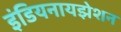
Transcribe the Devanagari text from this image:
इंडियनायझेशन